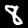
Digit: 8